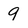
Character: 9